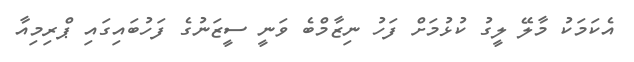
އެކަމަކު މާލޭ ލީގު ކުޅުމަށް ފަހު ނިޒާމްބެ ވަނީ ސީޒަނުގެ ފަހުބައިގައި ޕްރިމިއާ